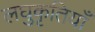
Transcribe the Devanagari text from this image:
लघुकृतियाँ